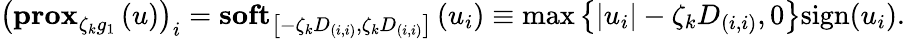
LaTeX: \left(\textbf{prox}_{\zeta_{k}g_{1}}\left(u\right)\right)_{i}=\textbf{soft}_{\left[-\zeta_{k}D_{(i,i)},\zeta_{k}D_{(i,i)}\right]}\left(u_{i}\right)\equiv\operatorname*{max}\left\{ \lvert u_{i}\rvert-\zeta_{k}D_{(i,i)},0\right\} \textnormal{sign}(u_{i}).